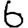
Digit: 6